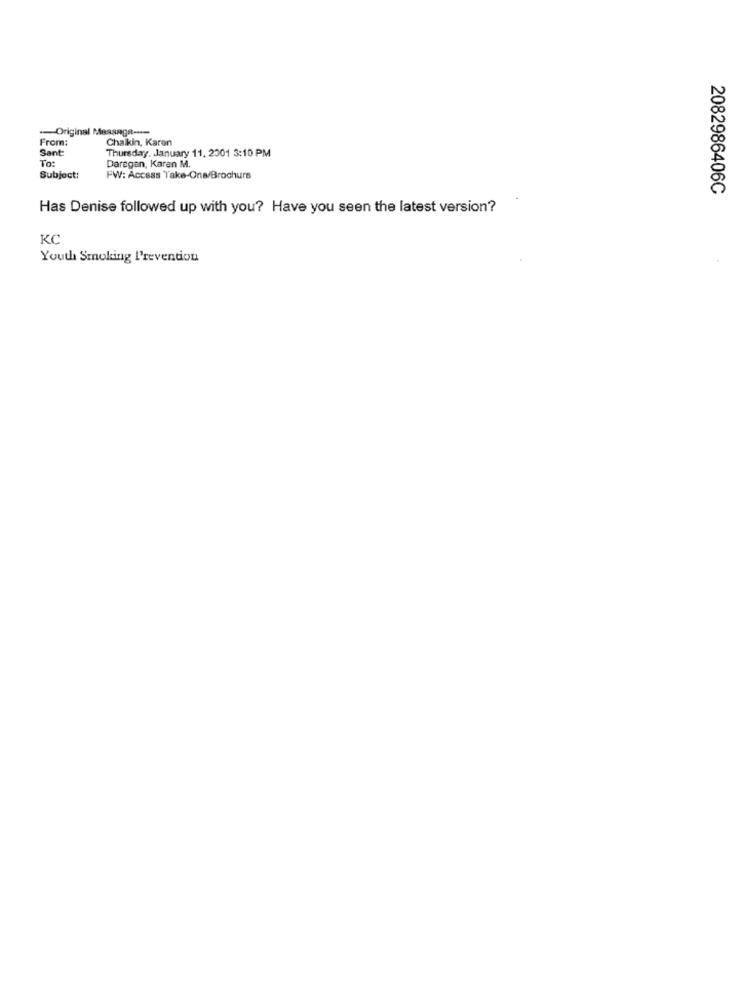
--- Original Message ----
From:
Chaikin, Karen
Sant:
To:
Thursday, January 11, 2001 3:10 PM
Daregan, Karen M.
Subject:
FW: Access Take-One/Brochurs
2082986406C
Has Denise followed up with you? Have you seen the latest version?
KC
Youth Smoking Prevention